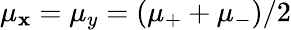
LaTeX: \mu_{\mathbf{x}}=\mu_{y}=(\mu_{+}+\mu_{-})/2